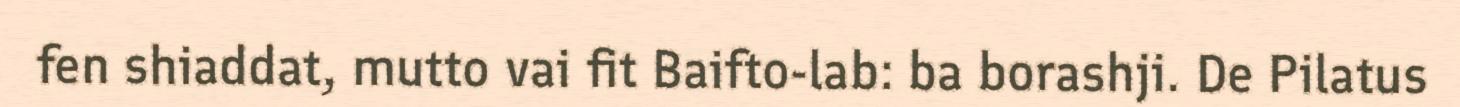
fen shiaddat, mutto vai fit Baifto-lab: ba borashji. De Pilatus